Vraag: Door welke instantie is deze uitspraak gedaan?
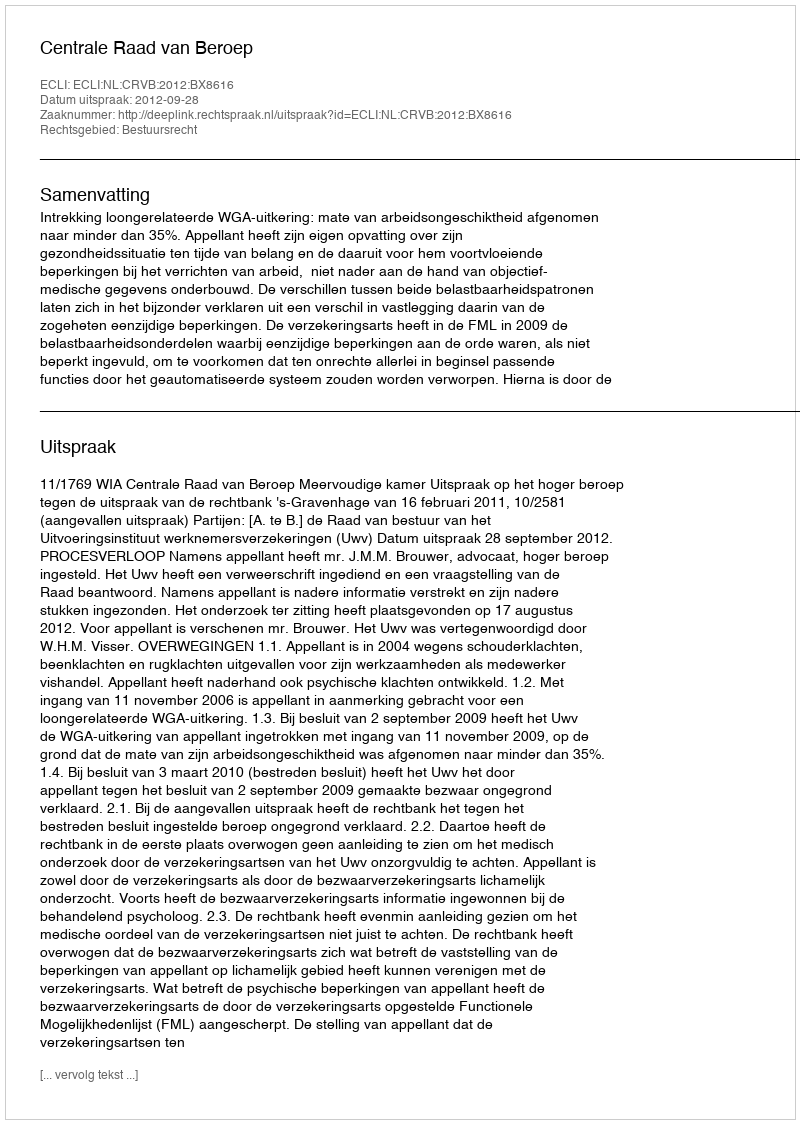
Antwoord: Centrale Raad van Beroep